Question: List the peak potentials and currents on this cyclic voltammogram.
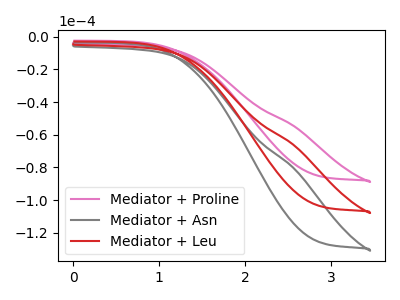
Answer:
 <answer>The pink curve "Mediator + Proline" has no peaks. The gray curve "Mediator + Asn" has no peaks. The red curve "Mediator + Leu" has no peaks.</answer>
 <eval></eval>